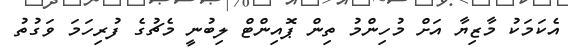
އެކަމަކު މާޒިޔާ އަށް މުހިންމު ތިން ޕޮއިންޓް ލިބުނީ މެޗުގެ ފުރިހަމަ ވަގުތު